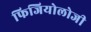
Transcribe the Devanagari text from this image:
फिजियोलोजी